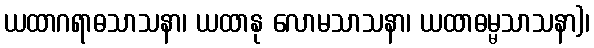
ယထာဂရာဓသာသနာ၊ ယထာနု လောမသာသနာ၊ ယထာဓမ္မသာသနာ)၊